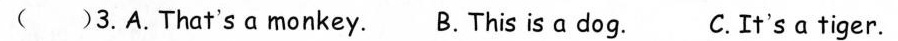
( )3.A.That'samonkey. B.This is a dog. C.It'sa tiger.